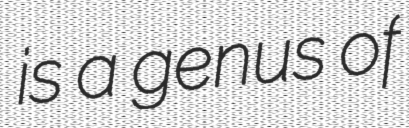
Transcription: is a genus of